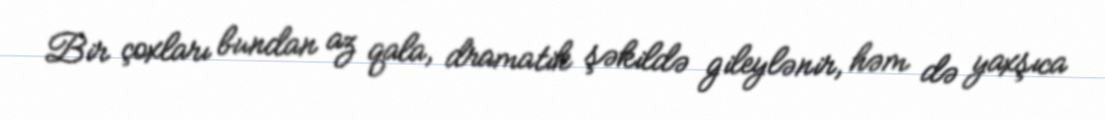
Bir çoxları bundan az qala, dramatik şəkildə gileylənir, həm də yaxşıca